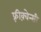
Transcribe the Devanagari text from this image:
फ़्रीक़्वेन्सी